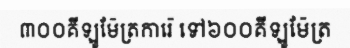
៣០០គីឡូម៉ែត្រការ៉េ ទៅ៦០០គីឡូម៉ែត្រ